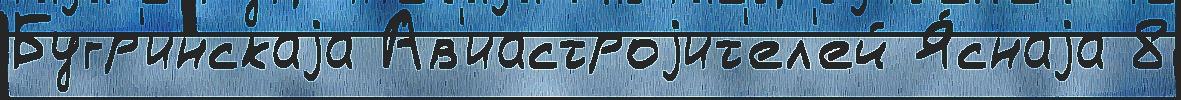
Бугр'инскаjа Ав'иастроjит'ел'ей Я́снаjа 8